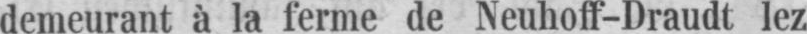
demeurant à la ferme de Neuhoff-Draudt lez